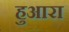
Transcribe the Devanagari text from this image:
हुआरा